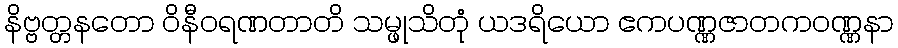
နိဗ္ဗတ္တနတော ဝိနီဝရဏတာတိ သမ္ဖုသိတုံ ယဒရိယော ဧကပဏ္ဏဇာတကဝဏ္ဏနာ